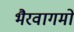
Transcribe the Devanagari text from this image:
भैरवागमों